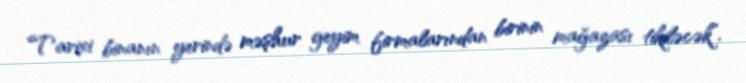
Tarixi binanın yerində məşhur geyim firmalarından birinin mağazası tikiləcək”.